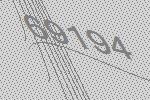
69194